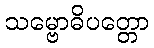
သမ္ဗောဓိပတ္တော